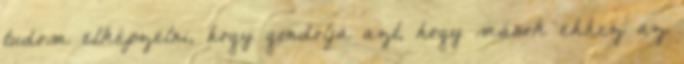
tudom elképzelni, hogy gondolja azt, hogy mások ehhez az